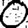
Digit: 0